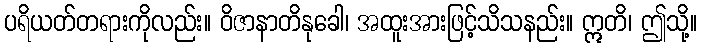
ပရိယတ်တရားကိုလည်း။ ဝိဇာနာတိနုခေါ၊ အထူးအားဖြင့်သိသနည်း။ ဣတိ၊ ဤသို့။